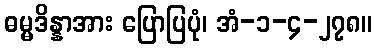
ဓမ္မဒိန္နာအား ပြောပြပုံ၊ အံ-၁-၄-၂၇၈။